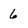
Character: 6